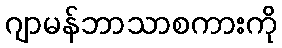
ဂျာမန်ဘာသာစကားကို